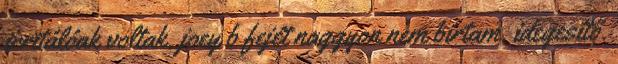
irritálóak voltak, joey b fejét naggyon nem bírtam. idegesítő.